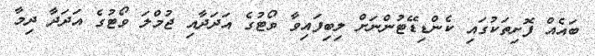
ބައެއް ފޮށިތަކުގައި ކެންޑިޑޭޓުންނަށް ލިބިފައިވާ ވޯޓުގެ އަދަދާއި ޖުމްލަ ވޯޓުގެ އަދަދާ ދިމާ